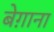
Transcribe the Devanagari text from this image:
बेग़ाना